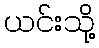
ယင်းသို့